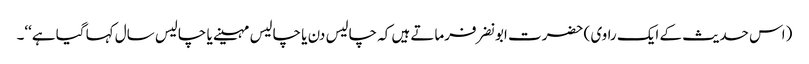
(اس حدیث کے ایک راوی ) حضرت ابونضر فرماتے ہیں کہ چالیس دن یا چالیس مہینے یا چالیس سال کہا گیا ہے‘‘۔